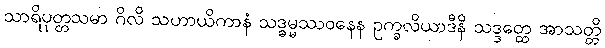
သာရိပုတ္တသမာ ဂိလိ သဟာယိကာနံ သဒ္ဓမ္မဿဝနေန ဥက္ခလိယာဒီနိ သဒ္ဒတ္ထေ အာသတ္တိ